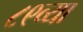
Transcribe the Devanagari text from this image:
८९व्या